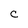
Character: C